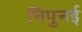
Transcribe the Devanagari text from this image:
निपुनई